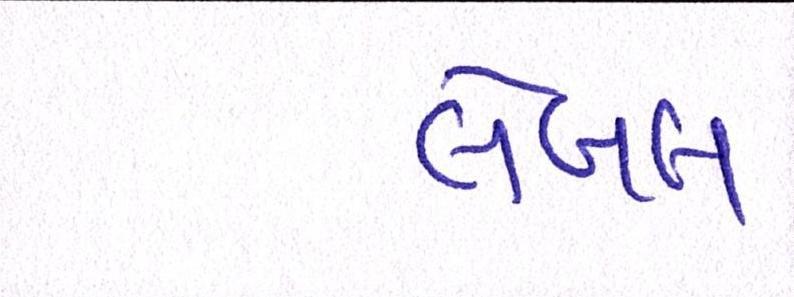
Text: લેબલ